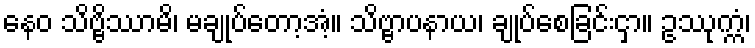
နေဝ သိဗ္ဗိဿာမိ၊ မချုပ်တော့အံ့။ သိဗ္ဗာပနာယ၊ ချုပ်စေခြင်းငှာ။ ဥဿုက္ကံ၊